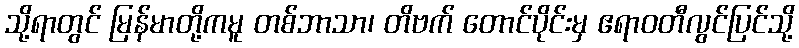
သို့ရာတွင် မြန်မာတို့ကမူ တစ်ဘာသာ၊ တိဗက် တောင်ပိုင်းမှ ဧရာဝတီလွင်ပြင်သို့